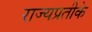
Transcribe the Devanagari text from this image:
राज्यप्रतीके